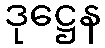
ဒုဋ္ဌေန